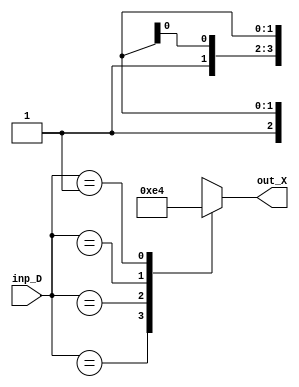
`timescale 1ns / 1ps
//////////////////////////////////////////////////////////////////////////////////
// Company: 
// Engineer: 
// 
// Design Name: 
// Module Name: priority_encoder_casex
// Project Name: 
// Target Devices: 
// Tool Versions: 
// Description: 
// 
// Dependencies: 
// 
// Revision:
// Revision 0.01 - File Created
// Additional Comments:
// 
//////////////////////////////////////////////////////////////////////////////////


module priority_encoder_casex(inp_D, out_X);

input [3:0] inp_D;
output reg [1:0] out_X;
reg V;

always@(inp_D)
    begin
        V = 1;
        case(inp_D)
        4'b1XXX: out_X = 2'b11;
        4'b01XX: out_X = 2'b10;
        4'b001X: out_X = 2'b01;
        4'b0001: out_X = 2'b00;
        default:
            begin V = 0;
            out_X = 2'bXX;
            end
        endcase
    end
endmodule